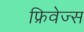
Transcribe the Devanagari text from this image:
फ्रिवेज्स